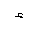
Letter: _hamza